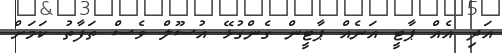
އަދި އެއް ޕާޓީ އަނެއް ޕާޓީން ގެންގުޅޭ އުސޫލް ވެސް ތަފާތު ކަމަށް